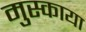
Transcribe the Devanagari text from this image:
मुस्काया